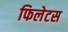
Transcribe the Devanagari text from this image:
फिलेटस